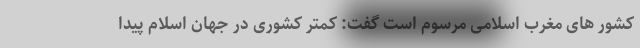
کشور های مغرب اسلامی مرسوم است گفت: کمتر کشوری در جهان اسلام پیدا